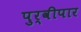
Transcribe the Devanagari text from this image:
पुर्वीपार